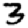
Digit: 3